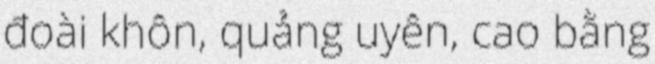
đoài khôn, quảng uyên, cao bằng